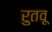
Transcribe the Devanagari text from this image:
रुतवू